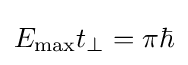
E_{\text{max}}t_{\perp }=\pi \hbar